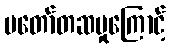
မတော်တဆမှုကြောင့်